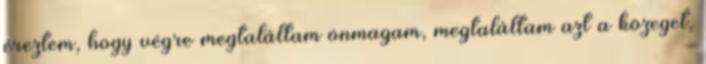
éreztem, hogy végre megtaláltam önmagam, megtaláltam azt a közeget,